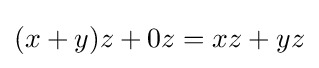
(x+y)z+0z=xz+yz